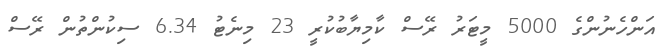
އަންހެނުންގެ 5000 މީޓަރު ރޭސް ކާމިޔާބުކުރީ 23 މިނެޓު 6.34 ސިކުންތުން ރޭސް